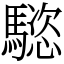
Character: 𩥝